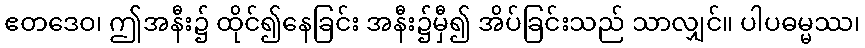
ဧတဒေဝ၊ ဤအနီး၌ ထိုင်၍နေခြင်း အနီး၌မှီ၍ အိပ်ခြင်းသည် သာလျှင်။ ပါပဓမ္မဿ၊